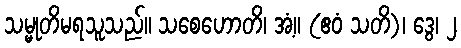
သမ္မုတိမရသူသည်။ သစေဟောတိ၊ အံ့။ (ဧဝံ သတိ)၊ ဒွေ၊ ၂